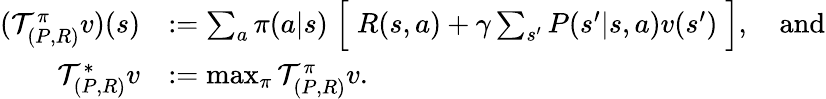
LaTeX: \begin{array}{rl}{(\mathcal{T}_{(P,R)}^{\pi}v)(s)}&{:=\sum_{a}\pi(a|s)\Bigm[R(s,a)+\gamma\sum_{s^{\prime}}P(s^{\prime}|s,a)v(s^{\prime})\Bigm],\quad\mathrm{and}}\\ {\mathcal{T}_{(P,R)}^{*}v}&{:=\operatorname*{max}_{\pi}\mathcal{T}_{(P,R)}^{\pi}v.}\end{array}